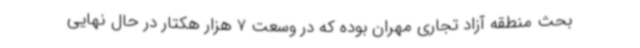
بحث منطقه آزاد تجاری مهران بوده که در وسعت 7 هزار هکتار در حال نهایی